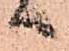
へ